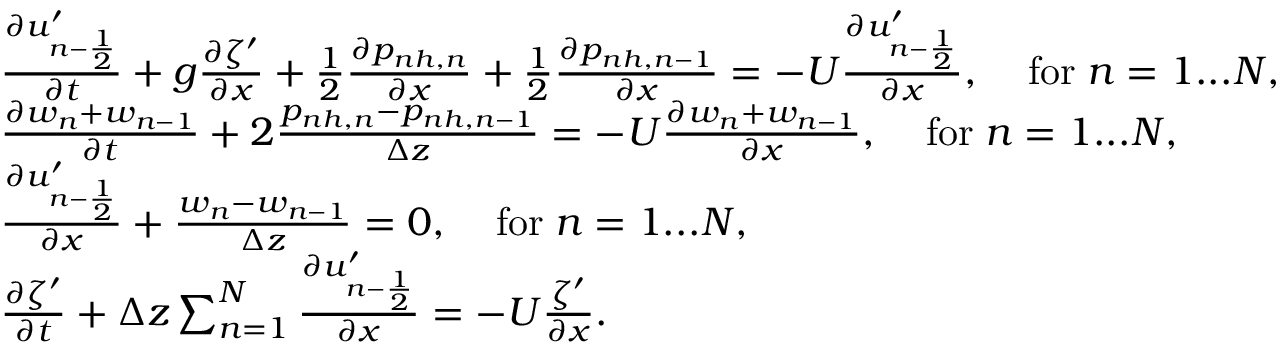
\begin{array} { r l } & { \frac { \partial u _ { n - \frac { 1 } { 2 } } ^ { \prime } } { \partial t } + g \frac { \partial \zeta ^ { \prime } } { \partial x } + \frac { 1 } { 2 } \frac { \partial p _ { n h , n } } { \partial x } + \frac { 1 } { 2 } \frac { \partial p _ { n h , n - 1 } } { \partial x } = - U \frac { \partial u _ { n - \frac { 1 } { 2 } } ^ { \prime } } { \partial x } , \; \; \; \; \mathrm { f o r } \; n = 1 . . . N , } \\ & { \frac { \partial w _ { n } + w _ { n - 1 } } { \partial t } + 2 \frac { p _ { n h , n } - p _ { n h , n - 1 } } { \Delta z } = - U \frac { \partial w _ { n } + w _ { n - 1 } } { \partial x } , \; \; \; \; \mathrm { f o r } \; n = 1 . . . N , } \\ & { \frac { \partial u _ { n - \frac { 1 } { 2 } } ^ { \prime } } { \partial x } + \frac { w _ { n } - w _ { n - 1 } } { \Delta z } = 0 , \; \; \; \; \mathrm { f o r } \; n = 1 . . . N , } \\ & { \frac { \partial \zeta ^ { \prime } } { \partial t } + \Delta z \sum _ { n = 1 } ^ { N } \frac { \partial u _ { n - \frac { 1 } { 2 } } ^ { \prime } } { \partial x } = - U \frac { \zeta ^ { \prime } } { \partial x } . } \end{array}